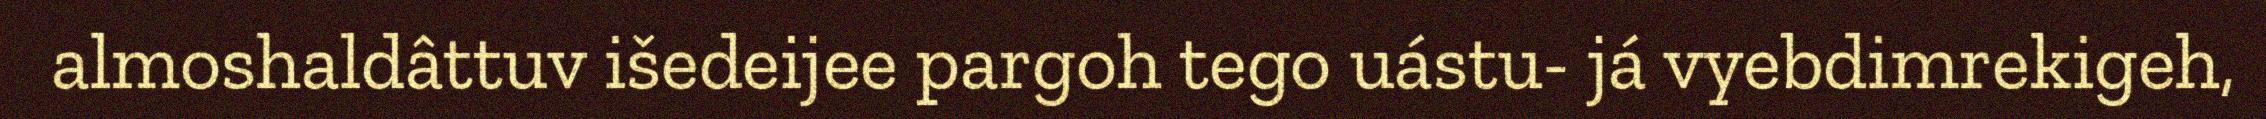
almoshaldâttuv išedeijee pargoh tego uástu- já vyebdimrekigeh,